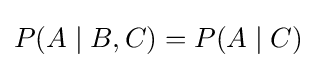
P(A\mid B,C)=P(A\mid C)